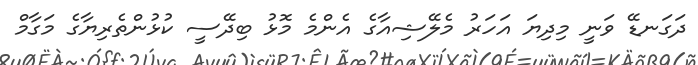
ދަގަނޑޭ ވަނީ މިދިޔަ އަހަރު މެލޭޝިއާގެ އެންމެ މޮޅު ބިދޭސީ ކުޅުންތެރިޔާގެ މަގާމް